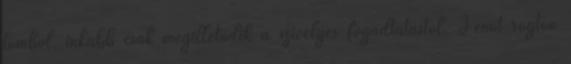
tombol, inkább csak megilletődik a szívélyes fogadtatástól. Jenőt rögtön